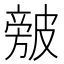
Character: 㿶